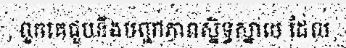
ពួកគេជួបនឹងបញ្ហាភាពស្និទ្ធស្នាល ដែល